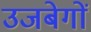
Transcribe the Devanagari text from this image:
उजबेगों